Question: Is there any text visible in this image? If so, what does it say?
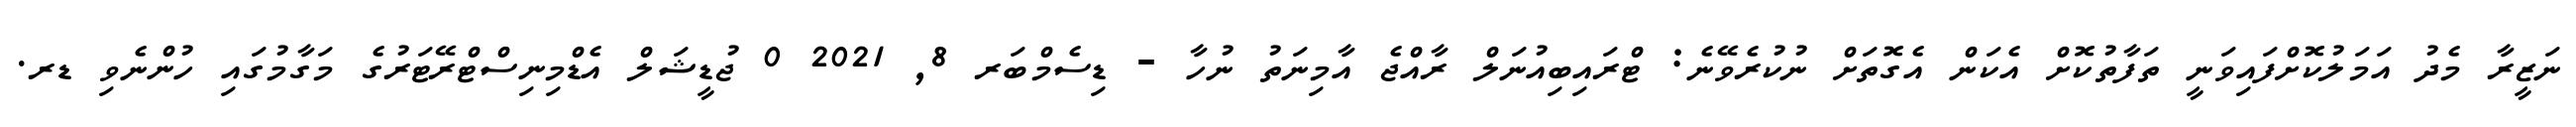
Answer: ނަޒީރާ މެދު އަމަލުކޮށްފައިވަނީ ތަފާތުކޮށް އެކަން އެގޮތަށް ނުކުރެވޭނެ: ޓްރައިބިއުނަލް ރާއްޖެ އާމިނަތު ނުހާ - ޑިސެމްބަރ 8, 2021 0 ޖުޑީޝަލް އެޑްމިނިސްޓްރޭޓަރުގެ މަގާމުގައި ހުންނެވި ޑރ.